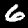
Label: 6